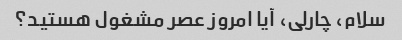
سلام، چارلی، آیا امروز عصر مشغول هستید؟